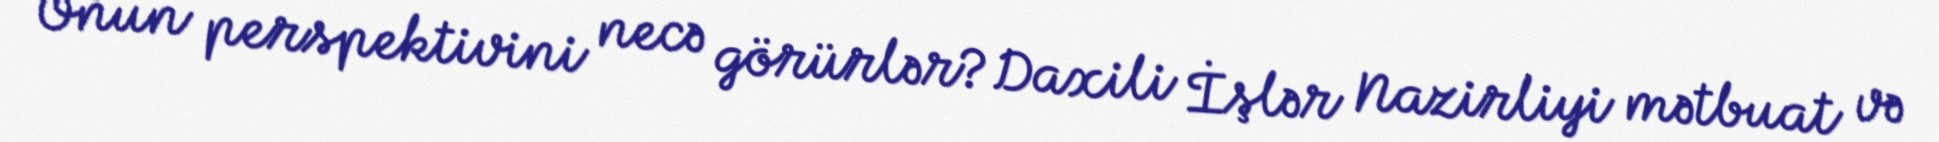
Onun perspektivini necə görürlər?Daxili İşlər Nazirliyi mətbuat və